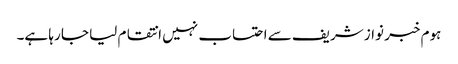
ہوم خبر نواز شریف سے احتساب نہیں انتقام لیا جا رہا ہے۔